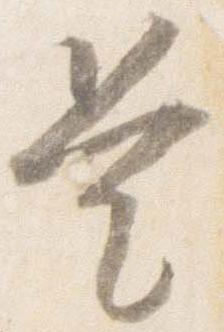
是